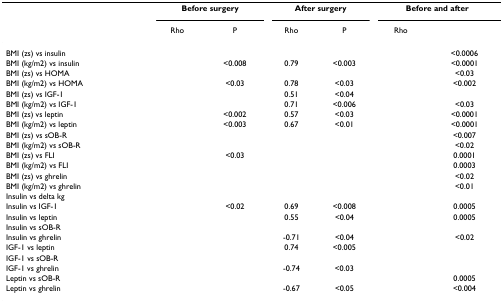
<table><thead><tr><td>[EMPTY_CELL]</td><td colspan="2"><b>Before surgery</b></td><td colspan="2"><b>After surgery</b></td><td colspan="2"><b>Before and after</b></td></tr><tr><td>[EMPTY_CELL]</td><td><b>Rho</b></td><td><b>P</b></td><td><b>Rho</b></td><td><b>P</b></td><td><b>Rho</b></td><td>[EMPTY_CELL]</td></tr></thead><tbody><tr><td>BMI (zs) vs insulin</td><td>[EMPTY_CELL]</td><td>[EMPTY_CELL]</td><td>[EMPTY_CELL]</td><td>[EMPTY_CELL]</td><td>[EMPTY_CELL]</td><td>&lt;0.0006</td></tr><tr><td>BMI (kg/m2) vs insulin</td><td>[EMPTY_CELL]</td><td>&lt;0.008</td><td>0.79</td><td>&lt;0.003</td><td>[EMPTY_CELL]</td><td>&lt;0.0001</td></tr><tr><td>BMI (zs) vs HOMA</td><td>[EMPTY_CELL]</td><td>[EMPTY_CELL]</td><td>[EMPTY_CELL]</td><td>[EMPTY_CELL]</td><td>[EMPTY_CELL]</td><td>&lt;0.03</td></tr><tr><td>BMI (kg/m2) vs HOMA</td><td>[EMPTY_CELL]</td><td>&lt;0.03</td><td>0.78</td><td>&lt;0.03</td><td>[EMPTY_CELL]</td><td>&lt;0.002</td></tr><tr><td>BMI (zs) vs IGF-1</td><td>[EMPTY_CELL]</td><td>[EMPTY_CELL]</td><td>0.51</td><td>&lt;0.04</td><td>[EMPTY_CELL]</td><td>[EMPTY_CELL]</td></tr><tr><td>BMI (kg/m2) vs IGF-1</td><td>[EMPTY_CELL]</td><td>[EMPTY_CELL]</td><td>0.71</td><td>&lt;0.006</td><td>[EMPTY_CELL]</td><td>&lt;0.03</td></tr><tr><td>BMI (zs) vs leptin</td><td>[EMPTY_CELL]</td><td>&lt;0.002</td><td>0.57</td><td>&lt;0.03</td><td>[EMPTY_CELL]</td><td>&lt;0.0001</td></tr><tr><td>BMI (kg/m2) vs leptin</td><td>[EMPTY_CELL]</td><td>&lt;0.003</td><td>0.67</td><td>&lt;0.01</td><td>[EMPTY_CELL]</td><td>&lt;0.0001</td></tr><tr><td>BMI (zs) vs sOB-R</td><td>[EMPTY_CELL]</td><td>[EMPTY_CELL]</td><td>[EMPTY_CELL]</td><td>[EMPTY_CELL]</td><td>[EMPTY_CELL]</td><td>&lt;0.007</td></tr><tr><td>BMI (kg/m2) vs sOB-R</td><td>[EMPTY_CELL]</td><td>[EMPTY_CELL]</td><td>[EMPTY_CELL]</td><td>[EMPTY_CELL]</td><td>[EMPTY_CELL]</td><td>&lt;0.02</td></tr><tr><td>BMI (zs) vs FLI</td><td>[EMPTY_CELL]</td><td>&lt;0.03</td><td>[EMPTY_CELL]</td><td>[EMPTY_CELL]</td><td>[EMPTY_CELL]</td><td>0.0001</td></tr><tr><td>BMI (kg/m2) vs FLI</td><td>[EMPTY_CELL]</td><td>[EMPTY_CELL]</td><td>[EMPTY_CELL]</td><td>[EMPTY_CELL]</td><td>[EMPTY_CELL]</td><td>0.0003</td></tr><tr><td>BMI (zs) vs ghrelin</td><td>[EMPTY_CELL]</td><td>[EMPTY_CELL]</td><td>[EMPTY_CELL]</td><td>[EMPTY_CELL]</td><td>[EMPTY_CELL]</td><td>&lt;0.02</td></tr><tr><td>BMI (kg/m2) vs ghrelin</td><td>[EMPTY_CELL]</td><td>[EMPTY_CELL]</td><td>[EMPTY_CELL]</td><td>[EMPTY_CELL]</td><td>[EMPTY_CELL]</td><td>&lt;0.01</td></tr><tr><td>Insulin vs delta kg</td><td>[EMPTY_CELL]</td><td>[EMPTY_CELL]</td><td>[EMPTY_CELL]</td><td>[EMPTY_CELL]</td><td>[EMPTY_CELL]</td><td>[EMPTY_CELL]</td></tr><tr><td>Insulin vs IGF-1</td><td>[EMPTY_CELL]</td><td>&lt;0.02</td><td>0.69</td><td>&lt;0.008</td><td>[EMPTY_CELL]</td><td>0.0005</td></tr><tr><td>Insulin vs leptin</td><td>[EMPTY_CELL]</td><td>[EMPTY_CELL]</td><td>0.55</td><td>&lt;0.04</td><td>[EMPTY_CELL]</td><td>0.0005</td></tr><tr><td>Insulin vs sOB-R</td><td>[EMPTY_CELL]</td><td>[EMPTY_CELL]</td><td>[EMPTY_CELL]</td><td>[EMPTY_CELL]</td><td>[EMPTY_CELL]</td><td>[EMPTY_CELL]</td></tr><tr><td>Insulin vs ghrelin</td><td>[EMPTY_CELL]</td><td>[EMPTY_CELL]</td><td>-0.71</td><td>&lt;0.04</td><td>[EMPTY_CELL]</td><td>&lt;0.02</td></tr><tr><td>IGF-1 vs leptin</td><td>[EMPTY_CELL]</td><td>[EMPTY_CELL]</td><td>0.74</td><td>&lt;0.005</td><td>[EMPTY_CELL]</td><td>[EMPTY_CELL]</td></tr><tr><td>IGF-1 vs sOB-R</td><td>[EMPTY_CELL]</td><td>[EMPTY_CELL]</td><td>[EMPTY_CELL]</td><td>[EMPTY_CELL]</td><td>[EMPTY_CELL]</td><td>[EMPTY_CELL]</td></tr><tr><td>IGF-1 vs ghrelin</td><td>[EMPTY_CELL]</td><td>[EMPTY_CELL]</td><td>-0.74</td><td>&lt;0.03</td><td>[EMPTY_CELL]</td><td>[EMPTY_CELL]</td></tr><tr><td>Leptin vs sOB-R</td><td>[EMPTY_CELL]</td><td>[EMPTY_CELL]</td><td>[EMPTY_CELL]</td><td>[EMPTY_CELL]</td><td>[EMPTY_CELL]</td><td>0.0005</td></tr><tr><td>Leptin vs ghrelin</td><td>[EMPTY_CELL]</td><td>[EMPTY_CELL]</td><td>-0.67</td><td>&lt;0.05</td><td>[EMPTY_CELL]</td><td>&lt;0.004</td></tr></tbody></table>